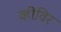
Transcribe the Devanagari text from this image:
व्हीविर